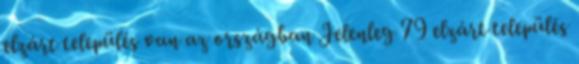
elzárt település van az országban Jelenleg 79 elzárt település